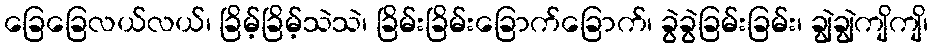
ခြေခြေလယ်လယ်၊ ခြိမ့်ခြိမ့်သဲသဲ၊ ခြိမ်းခြိမ်းခြောက်ခြောက်၊ ခွဲခွဲခြမ်းခြမ်း၊ ချွဲချွဲကျိကျိ၊